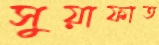
সুয়াফাত